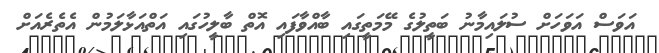
އަވަސް އަވަހަށް ސުލައިމާނު ބަތީލުގެ މޭމަތީގައި ބާއްވާފައި އޮތް ބާލީހުގައި އަތްއަޅާލަމުން އެތެރެއަށް